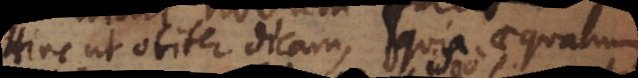
Hinc ut obiter dicam, quia aequalium